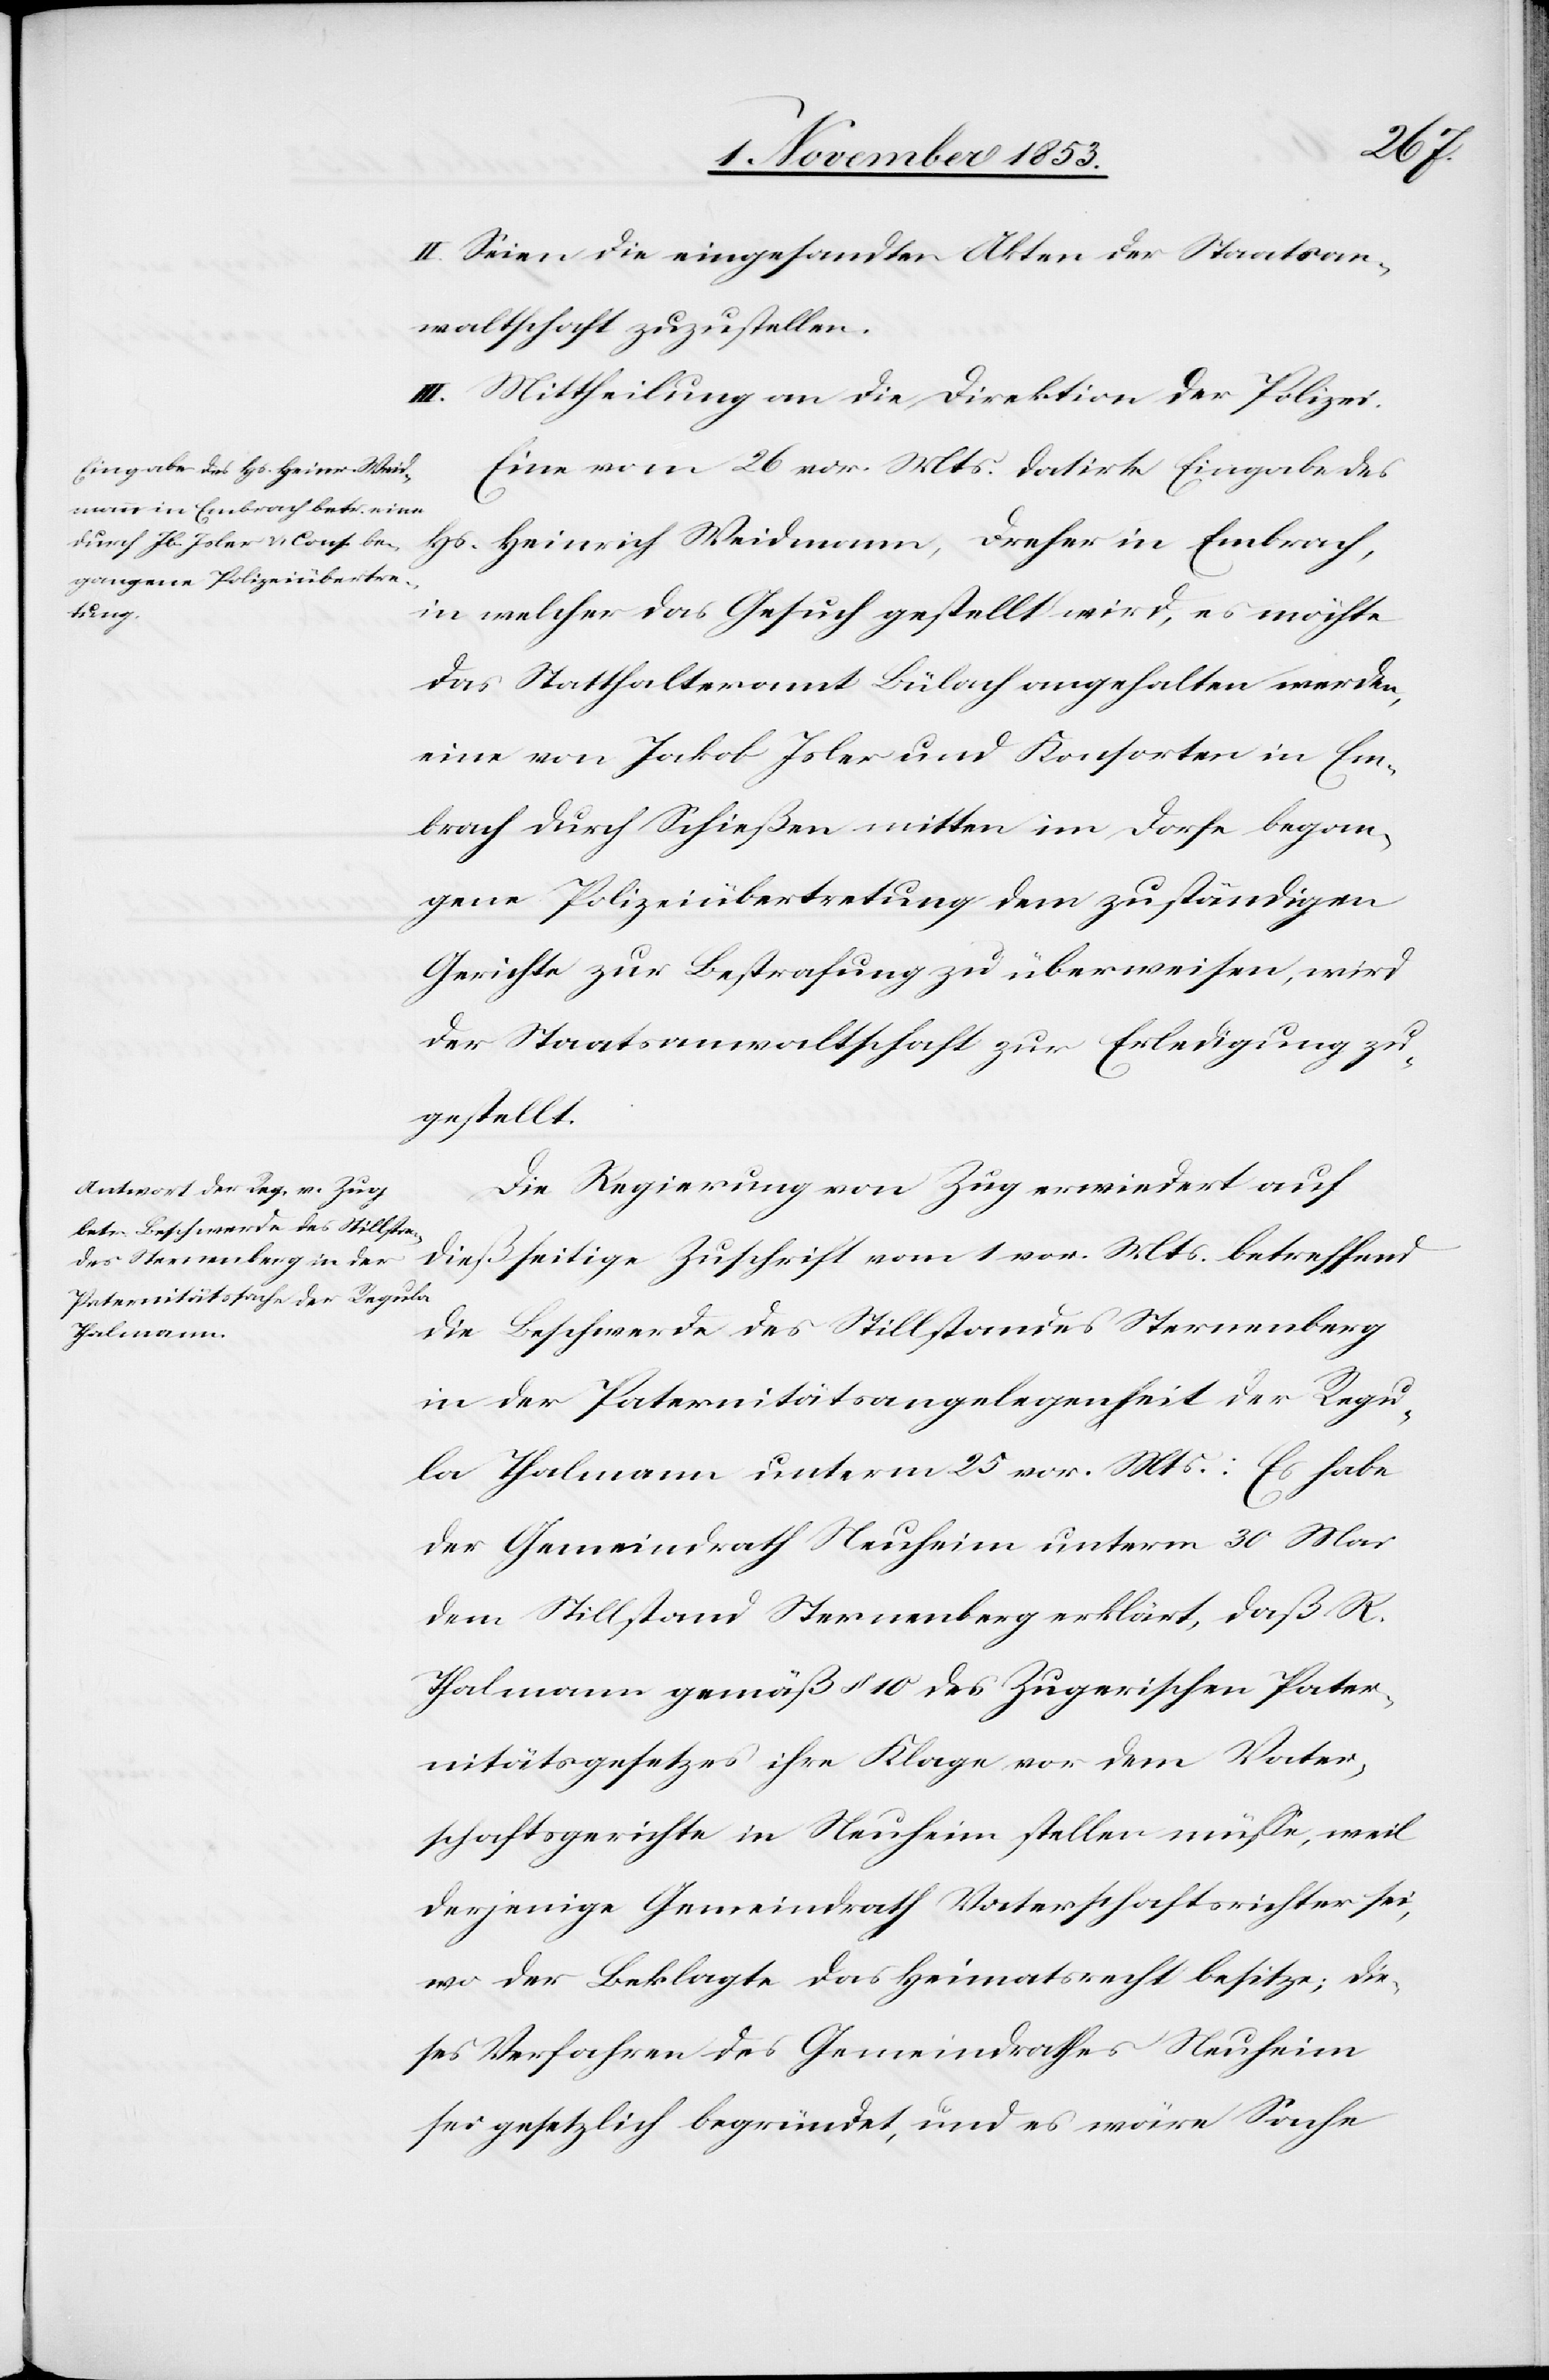
II. Seien die eingesandten Akten der Staatsan¬
waltschaft zuzustellen.
III. Mittheilung an die Direktion der Polizei.
Eine vom 26 vor. Mts. datirte Eingabe des
Hs. Heinrich Weidmann, Dreher in Embrach,
in welcher das Gesuch gestellt wird, es möchte
das Statthalteramt Bülach angehalten werden,
eine von Jakob Isler und Konsorten in Em¬
brach durch Schießen mitten im Dorfe began¬
gene Polizeiübertretung dem zuständigen
Gerichte zur Bestrafung zu überweisen, wird
der Staatsanwaltschaft zur Erledigung zu¬
gestellt.
Die Regierung von Zug erwiedert auf
dießseitige Zuschrift vom 1 vor. Mts. betreffend
die Beschwerde des Stillstandes Sternenberg
in der Paternitätsangelegenheit der Regu¬
la Thalmann unterm 25 vor. Mts.: Es habe
der Gemeindrath Neuheim unterm 30 Mai
dem Stillstand Sternenberg erklärt, daß R.
Thalmann gemäß § 10 des Zugerischen Pater¬
nitätsgesetzes ihre Klage vor dem Vater¬
schaftsgerichte in Neuheim stellen müße, weil
derjenige Gemeindrath Vaterschaftsrichter sei,
wo der Beklagte das Heimatsrecht besitze; die¬
ses Verfahren des Gemeindrathes Neuheim
sei gesetzlich begründet, und es wäre Sache